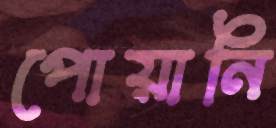
পোয়ানি